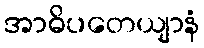
အာဓိပတေယျာနံ